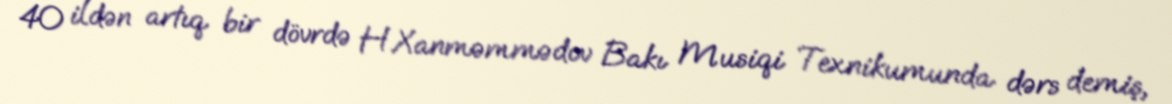
40 ildən artıq bir dövrdə H.Xanməmmədov Bakı Musiqi Texnikumunda dərs demiş,